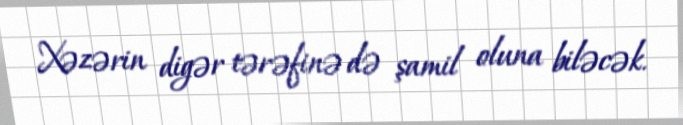
Xəzərin digər tərəfinə də şamil oluna biləcək.